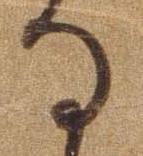
る